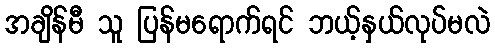
အချိန်မီ သူ ပြန်မရောက်ရင် ဘယ့်နှယ်လုပ်မလဲ